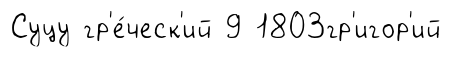
Суцу гр'е́ческ'ий 9 1803гр'игор'ий